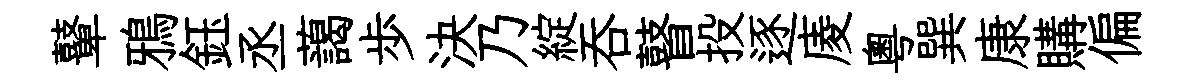
鼙鴉鈺丞藹歩決乃綻呑瞽投逐庱粵巽康購偏